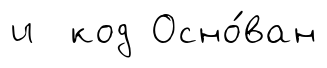
и код Осно́ван